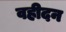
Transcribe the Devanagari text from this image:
वहीदन